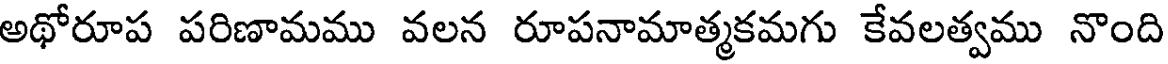
అథోరూప పరిణామము వలన రూపనామాత్మకమగు కేవలత్వము నొంది